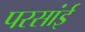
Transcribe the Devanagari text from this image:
परसांई